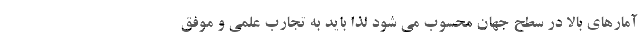
آمارهای بالا در سطح جهان محسوب می شود لذا باید به تجارب علمی و موفق